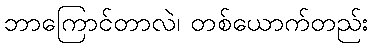
ဘာကြောင်တာလဲ၊ တစ်ယောက်တည်း